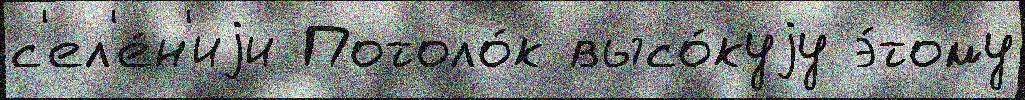
с'ел'е́н'иjи Потоло́к высо́куjу э́тому